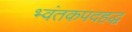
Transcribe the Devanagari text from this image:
भ्वंतकपदहद्ध